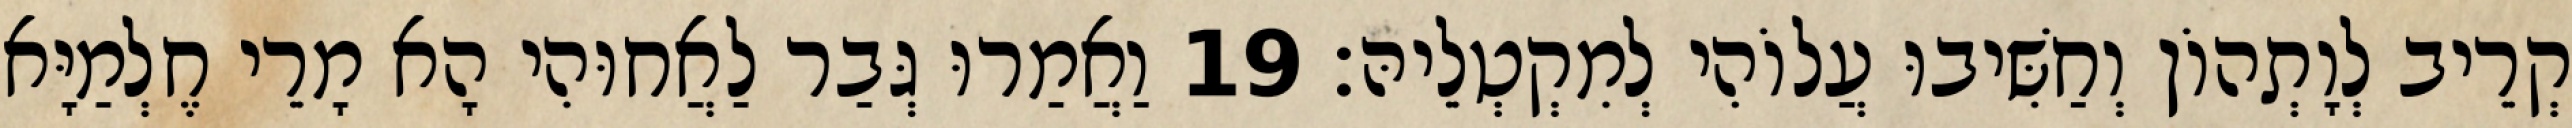
קְרֵיב לְוָתְהוֹן וְחַשִּׁיבוּ עֲלוֹהִי לְמִקְטְלֵיהּ׃ 19 וַאֲמַרוּ גְּבַר לַאֲחוּהִי הָא מָרֵי חֶלְמַיָּא